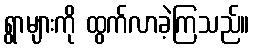
ရွာများကို ထွက်လာခဲ့ကြသည်။